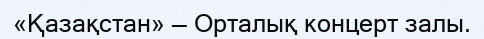
«Қазақстан» — Орталық концерт залы.